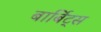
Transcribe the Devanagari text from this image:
बार्बिट्स